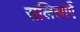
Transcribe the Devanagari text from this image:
सलिलाएँ